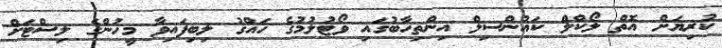
ކުރިޔަށް އޮތް ލޯކްލް ކައުންސިލް އިންތިހާބުގައި ވޯޓުލުމުގެ ހައްގު ލިބިފައިވާ މީހުންގެ ލިސްޓަށް